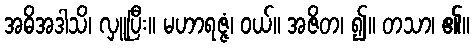
အဓိအဒါသိ၊ လှူပြီး။ မဟာရဇ္ဇံ၊ ဝယ်။ အဇိတ၊ ၍။ တသာ၊ ၏။